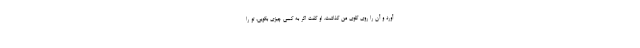
آورد و آن را روی گلوی من گذاشت. او گفت اگر به کسی چیزی بگویی، تو را